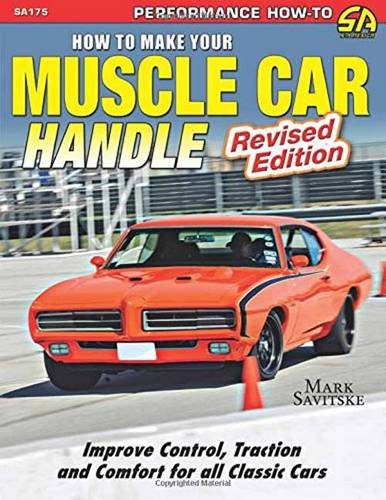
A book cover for How to Make Your Muscle Car Handle: Revised Edition; Mark Savitske; Engineering & Transportation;